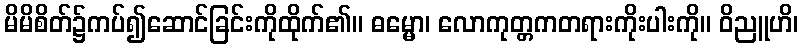
မိမိစိတ်၌ကပ်၍ဆောင်ခြင်းကိုထိုက်၏။ ဓမ္မော၊ လောကုတ္တဂာတရားကိုးပါးကို။ ဝိညူဟိ၊